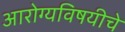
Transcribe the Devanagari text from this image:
आरोग्यविषयीचे